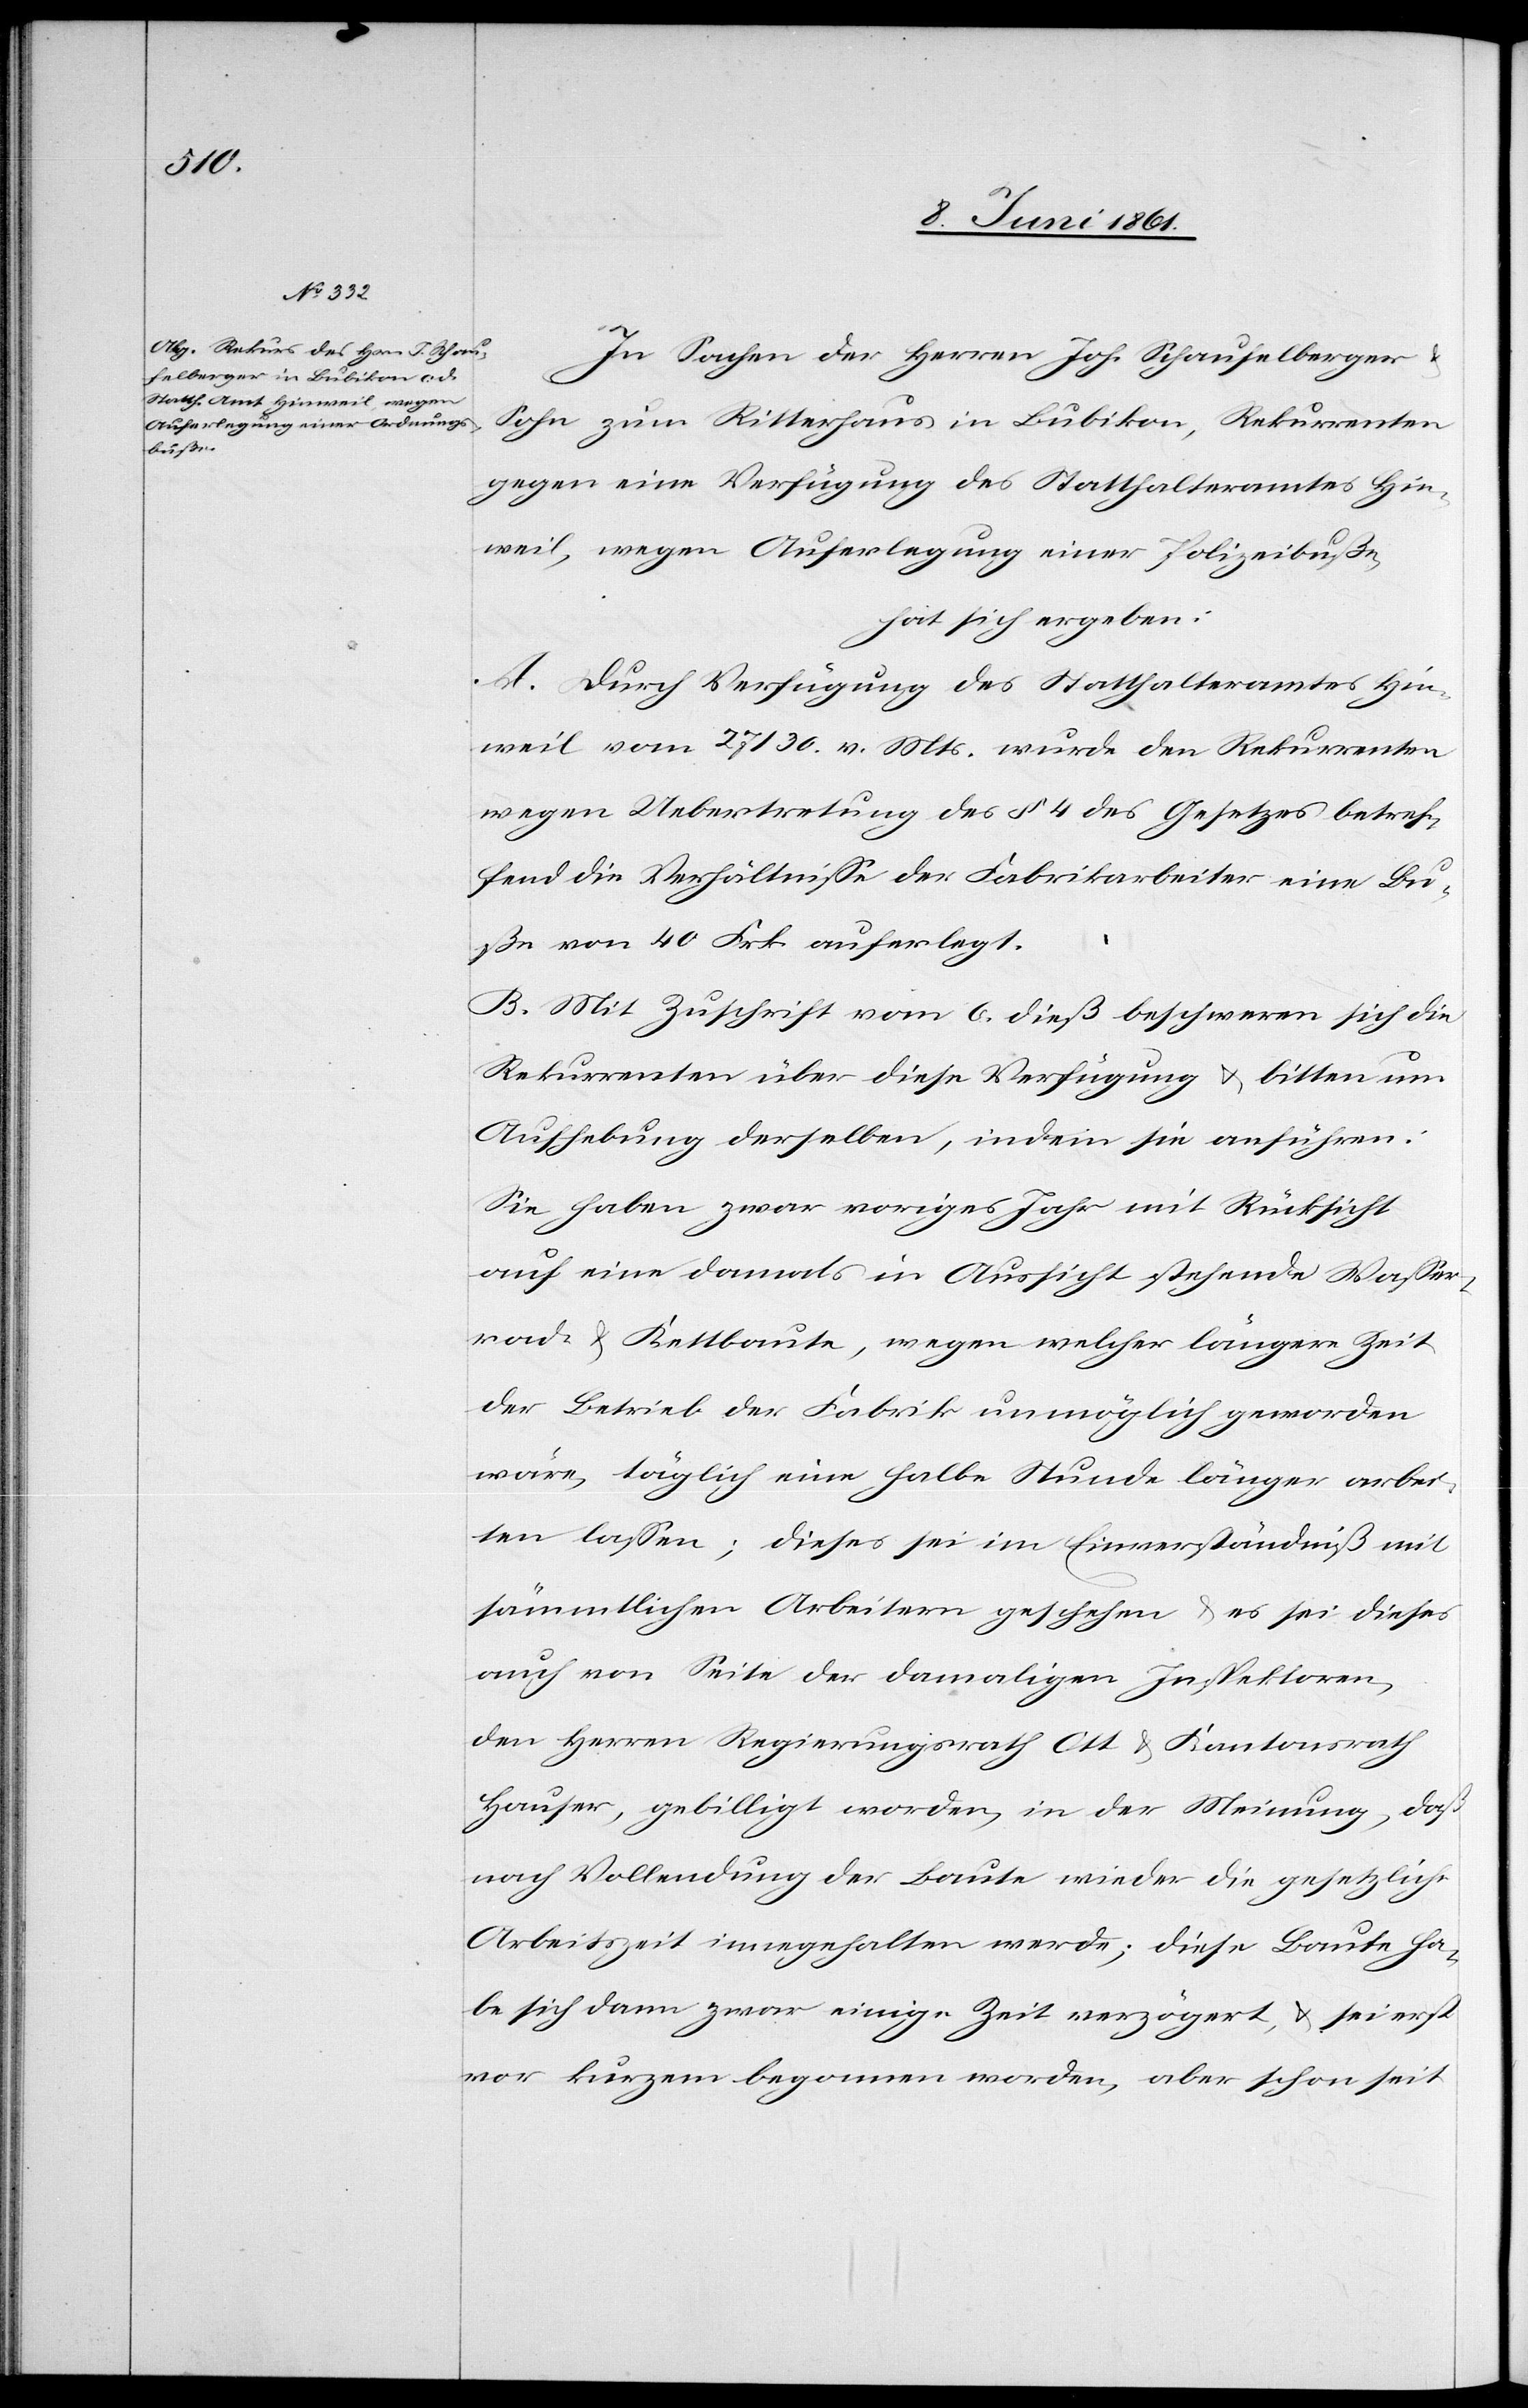
In Sachen der Herren Joh. Schaufelberger
Sohn zum Ritterhaus in Bubikon, Rekurrenten
u.
gegen eine Verfügung des Statthalteramtes Hin¬
weil, wegen Auferlegung einer Polizeibuße,
hat sich ergeben:
A. Durch Verfügung des Statthalteramtes Hin¬
weil vom 27 / 30. v. Mts. wurde den Rekurrenten
wegen Uebertretung des § 4 des Gesetzes betref¬
fend die Verhältnisse der Fabrikarbeiter eine Bu¬
ße von 40 Frk. auferlegt.
B. Mit Zuschrift vom 6. dieß beschweren sich die
Rekurrenten über diese Verfügung u. bitten um
Aufhebung derselben, indem sie anführen:
Sie haben zwar voriges Jahr mit Rücksicht
auf eine damals in Aussicht stehende Wasser¬
rade u. Kettbaute, wegen welcher längere Zeit
der Betrieb der Fabrik unmöglich geworden
wäre, täglich eine halbe Stunde länger arbei¬
ten lassen; dieses sei im Einverständniß mit
sämmtlichen Arbeitern geschehen u. es sei dieses
auch von Seite der damaligen Inspektoren,
den Herren Regierungsrath Ott u. Kantonsrath
Hauser, gebilligt worden, in der Meinung, daß
nach Vollendung der Baute wieder die gesetzliche
Arbeitszeit innegehalten werde; diese Baute ha¬
be sich dann zwar einige Zeit verzögert, u. sei erst
vor kurzem begonnen worden, aber schon seit